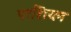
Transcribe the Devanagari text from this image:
परशियन